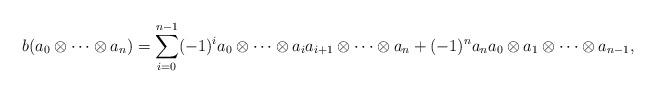
LaTeX: \begin{align*} b(a_0 \otimes \cdots \otimes a_n) = \sum_{i=0}^{n-1} (-1)^i a_0 \otimes \cdots \otimes a_i a_{i+1} \otimes \cdots \otimes a_n + (-1)^n a_n a_0 \otimes a_1 \otimes \cdots \otimes a_{n-1},\end{align*}